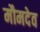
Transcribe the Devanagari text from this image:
मौमदेव